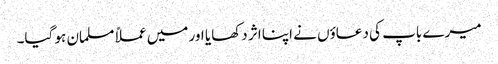
میرے باپ کی دعاؤں نے اپنا اثر دکھایا اور میں عملاً مسلمان ہو گیا۔